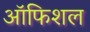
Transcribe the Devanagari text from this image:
ऑफिशल